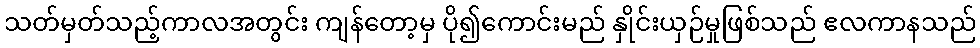
သတ်မှတ်သည့်ကာလအတွင်း ကျန်တော့မှ ပို၍ကောင်းမည် နှိုင်းယှဉ်မှုဖြစ်သည် ဧလကာနသည်